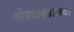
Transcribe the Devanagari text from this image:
ओढ्याकाठच्या